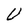
Character: U